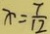
x = \frac { 7 } { 1 2 }